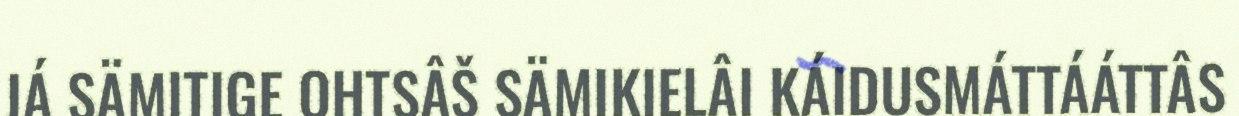
JÁ SÄMITIGE OHTSÂŠ SÄMIKIELÂI KÁIDUSMÁTTÁÁTTÂS